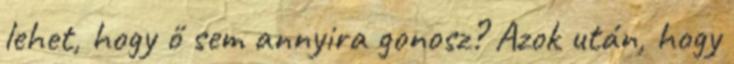
lehet, hogy ő sem annyira gonosz? Azok után, hogy